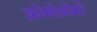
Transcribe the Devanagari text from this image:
क्रोमोज़ोमों